Annual statistical returns and brief notes on vaccination in Bengal - 1896-1909
Year: 1896
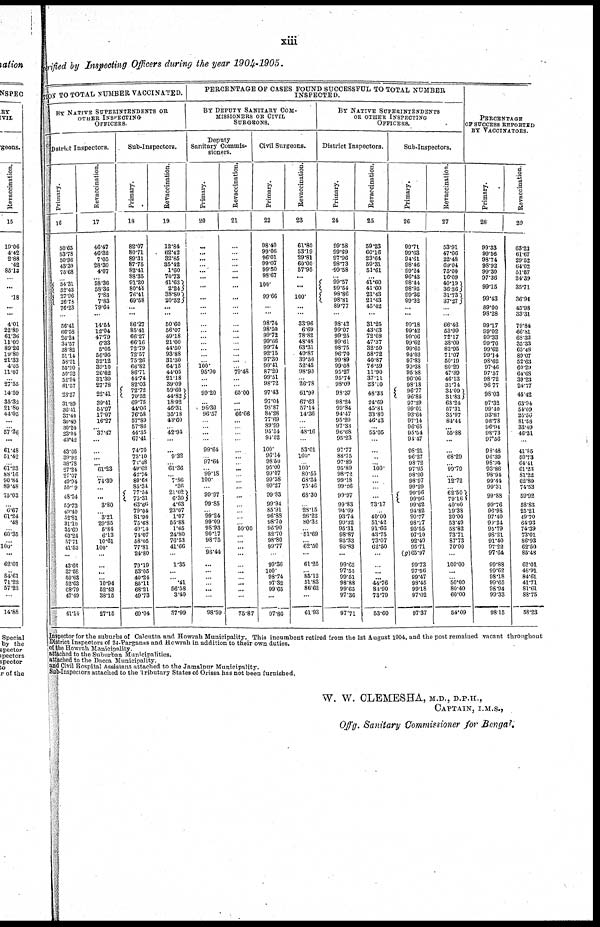
xiii
verified by Inspecting Officers during the year 1904-1905.
MOST TO TOTAL NUMBER VACCINATED.
BY NATIVE SUPERINTENDENTS OR
OTHER INSPECTING
OFFICERS.
Dstrict Inspectors.
Primary.
16
50.65
53.78
50.96
48.39
75.68
... 54.31
52.43
27.96
26.73
76.23
...
56.41
66.58
26.24
34.57
38.82
51.14
58.51
55.90
50.52
52.94
8l.57
23.57
31.89
36.61
37.44
30.49
30.24
33.04
43.42
43.66
33.92
38.78
27.24
27.07
49.94
50.89
48.54
59.73
49.40
52.81
81.10
35.69
63.24
57.71
41.53
...
43.66
87.58
50.63
52.63
68.79
47.49
41.14
Revaccination.
17
46.47
46.32
7.05
28.30
4.07
... 58.36
58.36
7.83
7.83
79.64
...
14.54
12.04
47.79
6.33
5.05
56.95
32.12
39.10
26.62
31.39
27.78
22.41
39.41
54.97
17.97
16.27
... 37.47
...
...
...
... 61.23
... 74.39
...
...
3.80
... 3.21
29.85
5.84
6.13
10.61
100.
...
...
...
... 10.94
52.43
88.15
27.15
Sub-Inspectors.
Primary.
18
82.07
80.71
89.31
87.75
82.41
88.35
91.20
80.44
76.41
69.58
...
...
86.27
85.41
66.27
66.16
72.79
72.57
75.26
66.82
86.71
44.74
82.03
72.72
70.52
69.75
44.06
76.58
57.89
57.86
44.35
67.41
74.70
73.10
72.48
49.62
42.74
80.63
85.34
77.54
75.31
63.66
79.04
81.94
75.68
49.14
74.07
58.05
77.81
24.80
79.19
53.05
40.24
85.11
68.21
49.73
69.04
Revaccination.
19
12.84
62.42
32.85
35.42
1.60
70.73
41.63
2.24
38.80
20.52
...
...
50.60
56.07
49.18
21.00
44.50
93.88
31.30
64.15
44.05
21.18
39.09
59.60
44.82
18.92
46.31
35.18
44.60
... 42.94
...
...
9.32
... 61.36
... 7.86
.36
21.02
6.30
4.63
23.07
1.07
55.88
1.65
24.80
76.53
41.66
...
1.35
...
... .41
56.58
3.40
37.99
PERCENTAGE OP CASES FOUND SUCCESSFUL TO TOTAL NUMBER
INSPECTED.
BY DEPUTY SANITARY COM-
MISSIONERS OR CIVIL
SURGEONS.
Deputy
Sanitary Commis-
sioners.
Primary.
20
...
...
...
... ...
...
...
...
...
...
...
...
...
...
... ...
... 100. 95.90
...
...
99.20
...
96.30
96.57
...
... ...
...
99.64
... 97.64
... 99.18
100.
...
99.97
99.85
... 99.24
99.09
98.93
90.17
98.75
... 96.44
...
...
...
... ...
...
98.59
Revaccination.
21
...
...
... ...
... ...
...
...
... ...
...
...
...
... ...
...
...
... 79.48
...
...
65.00
...
... 66.66
...
...
...
...
...
...
... ...
...
... ...
...
...
...
...
... 50.00
... ...
...
...
...
...
... ...
...
...
75.87
Civil Surgeons.
Primary.
22
98.40
99.06
96.01
99.07
99.50
98.67
100.
99.66
... ...
98.74
98.50
99.72
99.66
99.74
92.15
97.30
99.41
87.20
99.51
98.72
97.43
97.04
08.87
84.28
77.69
89.99
95.54
94.52
100.
96.14
98.50
95.00
99.07
99.58
99.27
99.83
99.94
85.91
96.88
98.70
96.90
82.70
98.80
99.77
...
99.36
100.
98.74
97.32
99.65
...
97.86
Revaccination.
23
61.80
53.19
29.81
60.00
57.95
...
...
100.
...
...
33.96
6.69
78.82
48.48
63.31
49.87
39.56
52.45
98.90
... 26.78
61.99
67.63
57.14
14.36
...
... 48.16
...
53.01
100.
... 100. 80.55
68.34
75.46
68.30
... 28.15
26.22
80.32
... 51.69
... 62.50
...
61.25
... 85.12
51.83
86.62
...
61.93
BY NATIVE SUPERINTENDENTS
OR OTHER INSPECTING
OFFICERS.
District Inspectors.
Primary.
24
99.58
99.69
97.96
98.73
99.58
... 99.57
99.54
98.86
98.81
89.77
...
98.42
99.07
99.25
99.61
98.75
96.70
99.89
99.08
95.27
95.74
98.09
98.37
98.24
99.84
94.47
95.20
97.33
96.68
95.23
97.77
88.75
97.89
95.89
98.72
99.18
99.26
99.97
99.83
94.89
93.74
99.32
95.31
98.87
95.33
95.83
...
99.65
97.55
99.61
98.88
99.65
97.36
97.71
Revaccination.
25
59.23
60.16
23.64
59.31
51.61
... 41.60
41.60
21.48
21.43
45.42
...
31.25
43.63
72.08
47.37
32.50
58.72
40.87
76.59
11.90
37.11
33.10
48.33
24.69
45.81
33.80
46.43
... 55.05
...
...
...
... 100.
...
...
...
...
73.17
... 40.00
51.42
91.66
43.75
73.07
62.50
...
...
...
... 44.76
83.90
73.79
53.60
Sub-Inspectors.
Primary.
26
99.71
99.63
94.61
98.46
99.24
96.43
98.44
98.95
99.36
99.32
...
...
99.18
99.42
99.06
99.62
99.65
94.03
97.83
90.38
95.88
96.06
98.18
96.77
96.85
97.29
99.01
93.64
97.14
96.65
95.54
94.47
98.21
96.27
98.72
97.95
98.90
98.97
99.29
99.96
99.96
99.62
94.82
90.77
98.17
95.55
97.10
92.40
95.71
(g)65.97
99.73
97.56
99.47
98.45
99.18
97.02
97.37
Revaccination.
27
53.91
47.06
22.48
69.04
75.00
16.09
40.19
36 36
31.73
37.27
...
...
66.46
53.99
72.17
38.09
82.95
71.07
50.19
80.29
47.39
46.13
31.74
34.09
31.83
63.24
57.31
35.97
84.44
... 55.88
...
...
68.29
... 99.79
... 12.72
... 62.50
79.16
40.00
19.38
20.00
58.49
58.82
73.71
87.73
70.00
...
100.00
...
... 50.00
80.40
60.00
54.09
PERCENTAGE
OF SUCCESS REPORTED
BY VACCINATORS.
Primary.
28
99.33
99.56
98.74
98.92
99.30
97.36
99.15
99.43
89.00
98.28
99.17
99.02
99.33
99.70
99.62
99.14
98.62
97.46
97.57
98.72
96.77
98.03
97.32
99.40
93.87
98.73
96.94
98.73
97.56
98.48
96.39
98.95
93.86
98.94
99.44
99.31
99.88
99.76
96.98
97.40
90.24
95.79
98.21
91.40
97.22
97.64
99.88
99.62
98.18
99.65
98.94
99.33
98.15
Revaccination.
29
63.23
61.67
29.52
64.02
31.57
24.89
35.71
36.94
45.98
33.31
79.84
66.81
68.32
35.83
65.48
89.07
52.63
60.29
64.68
39.23
24.77
45.42
63.94
54.09
25.56
81.58
33.49
46.31
...
41.85
50.73
64.41
61.23
81.22
62.80
74.53
59.92
58.83
25.21
49.70
64.93
74.39
73.01
86.93
62.50
85.48
62.01
46.91
84.61
41.71
81.61
88.75
58.23
Inspector for the suburbs of Calcutta and Howrah Municipality. This incumbent retired from the 1st August 1904, and the post remained vacant throughout
District Inspectors of 24-Parganas and Howrah in addition to their own duties.
of the Howrah Municipality.
attached to the Suburban Municipalities.
attached to the Dacca Municipality.
and Civil Hospital Assistant attached to the Jamalpur Municipality.
Sub-Inspectors attached to the Tributary States of Orissa has not been furnished.
W. W. CLEMESHA, M.D., D.P.H.,
CAPTAIN, I.M.S.,
Offg. Sanitary Commissioner for Bengal.